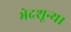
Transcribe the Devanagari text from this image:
भेदशून्य।